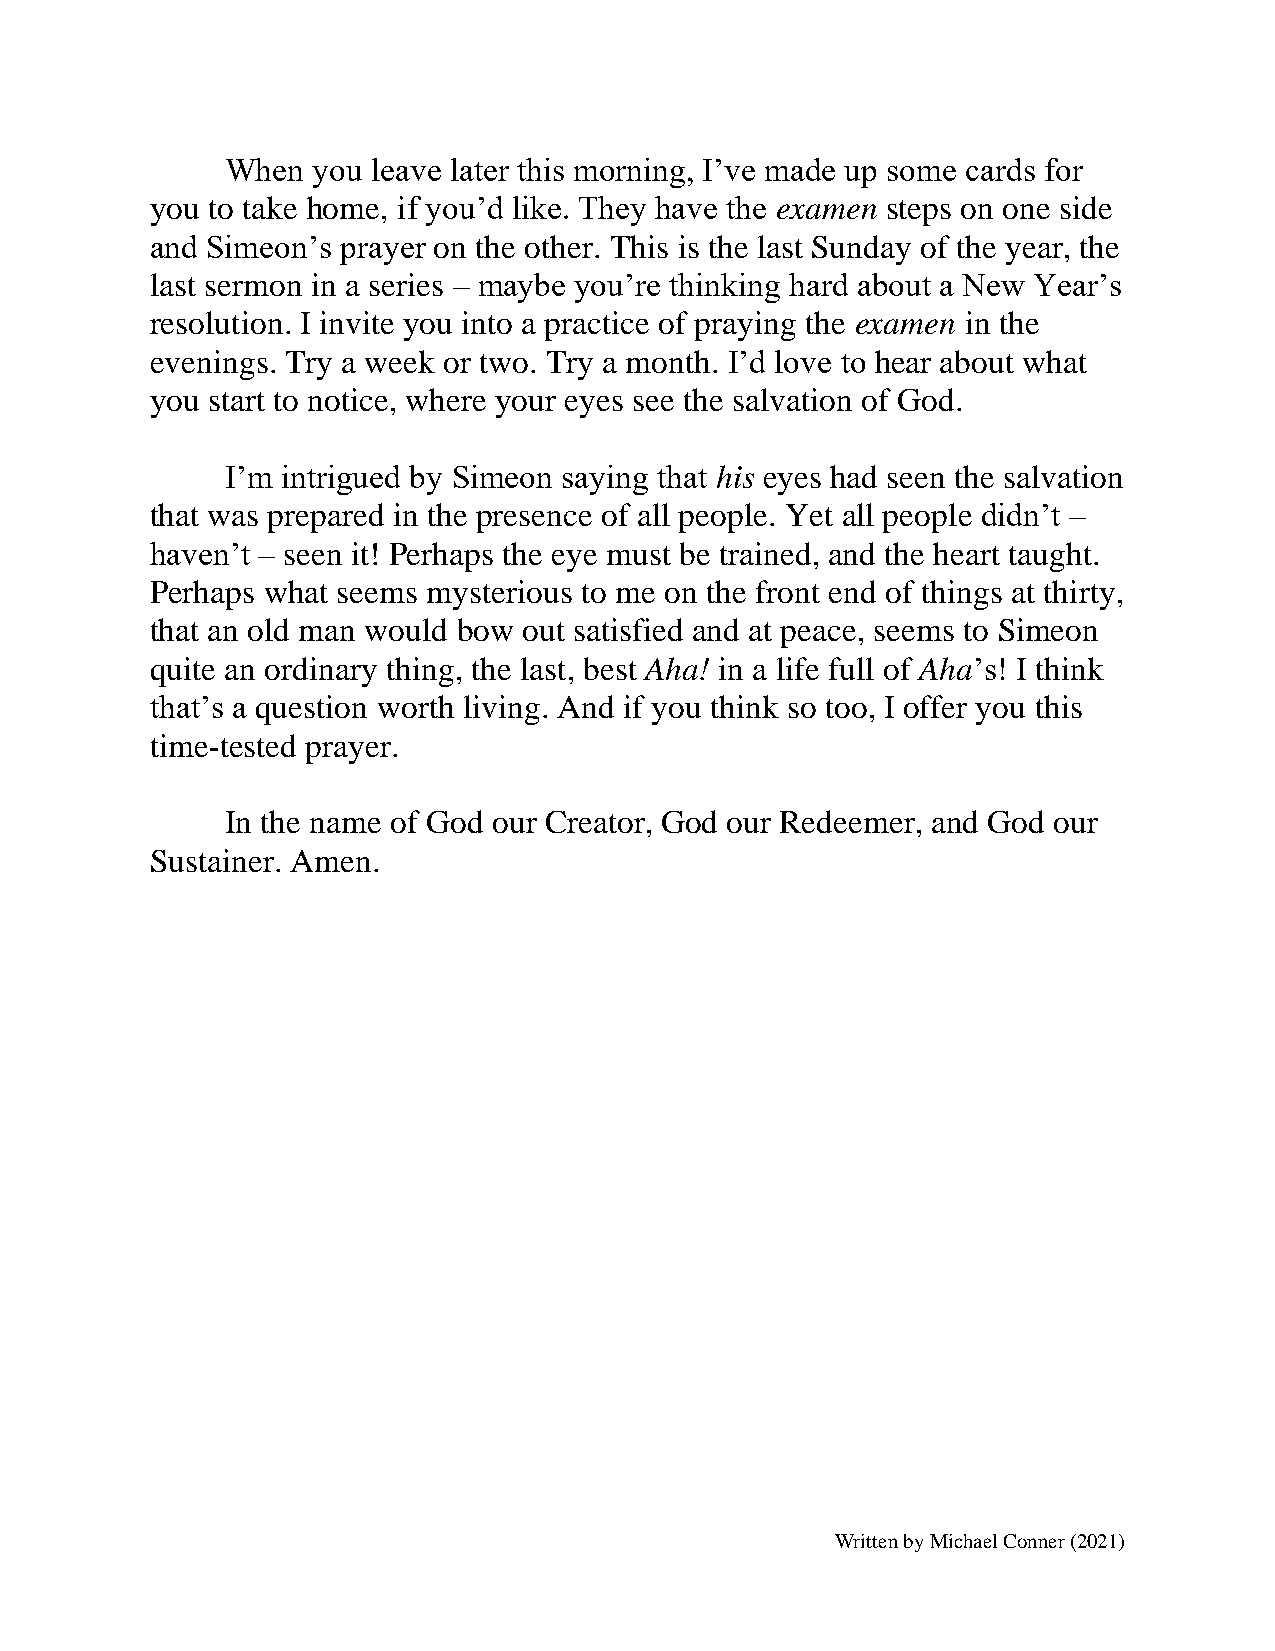
When  you leave later this morning, I’ve made up some cards for
 you to take home, if you’d like. They have the examen steps on one side
 and Simeon’s prayer on the other. This is the last Sunday of the year, the
 last sermon in a series – maybe you’re thinking hard about a New Year’s
 resolution. I invite you into a practice of praying the examen in the
 evenings. Try a week or two. Try a month. I’d love to hear about what
 you start to notice, where your eyes see the salvation of God.
 I’m intrigued by Simeon saying that his eyes had seen the salvation
 that was prepared in the presence of all people. Yet all people didn’t –
 haven’t – seen it! Perhaps the eye must be trained, and the heart taught.
 Perhaps what seems mysterious to me on the front end of things at thirty,
 that an old man would bow out satisfied and at peace, seems to Simeon
 quite an ordinary thing, the last, best Aha! in a life full of Aha’s! I think
 that’s a question worth living. And if you think so too, I offer you this
 time-tested prayer.
 In the name of God our Creator, God our Redeemer, and God our
 Sustainer. Amen.
 Written by Michael Conner (2021)